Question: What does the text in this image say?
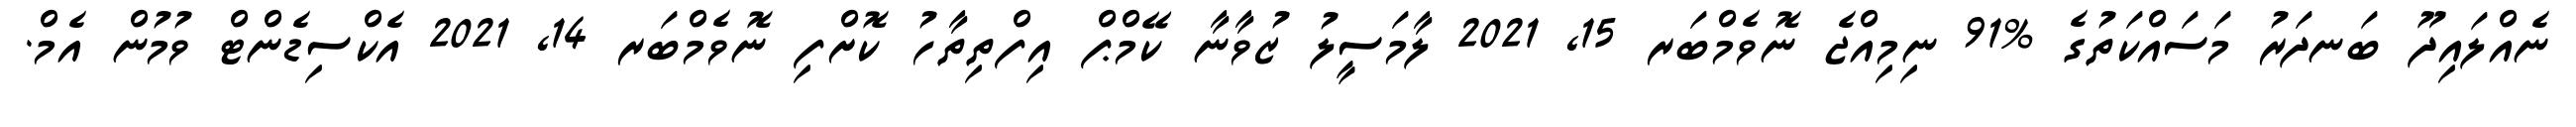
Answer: ނެއްލައިދޫ ބަނދަރު މަސައްކަތުގެ %91 ނިމިއްޖެ ނޮވެމްބަރ 15, 2021 ލާމަސީލު ޒުވާނާ ކޭމްޕް އިފްތިތާހު ކޮށްފި ނޮވެމްބަރ 14, 2021 އެކްސިޑެންޓް ވުމުން އެމް.